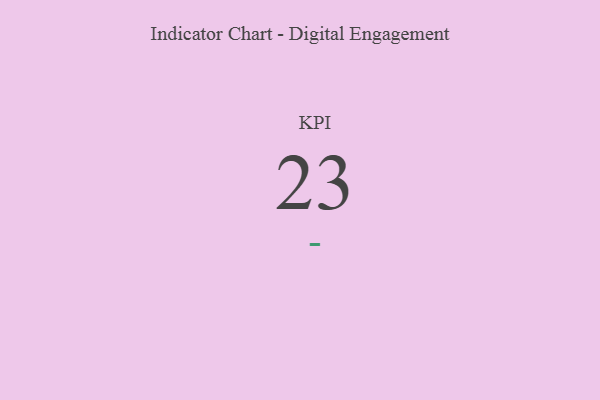
{"axis": {"x": "KPI", "y": "Value"}, "legend": [""], "data": [{"x": "KPI", "y": 23, "type": ""}]}